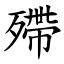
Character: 殢